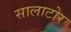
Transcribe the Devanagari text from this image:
सालाटोर